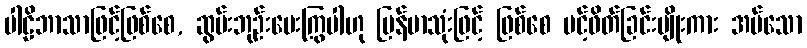
ပါဠိဘာသာဖြင့်ဖြစ်စေ, ဆွမ်းဘုဉ်းပေးကြွပါဟု မြန်မာသုံးဖြင့် ဖြစ်စေ ပင့်ဖိတ်ခြင်းမျိုးကား အပ်သော